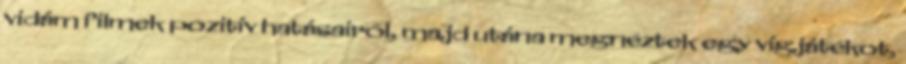
vidám filmek pozitív hatásairól, majd utána megnéztek egy vígjátékot,